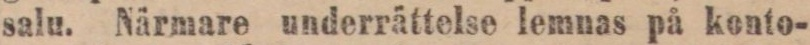
salu. Närmare underrättelse lemnas på konto-